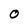
Character: O